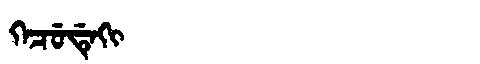
Manchu: ᡴᡝᠴᡠᡩᡝᡴᡳ
Romanization: KECUDEKI